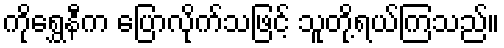
ကိုရွှေနီက ပြောလိုက်သဖြင့် သူတို့ရယ်ကြသည်။